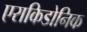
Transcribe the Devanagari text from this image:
एराकिडोनिक